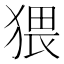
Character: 猥